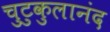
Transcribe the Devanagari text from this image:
चुटुकुलानंद